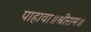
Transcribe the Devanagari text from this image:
पाहावा॥श्रीराम॥